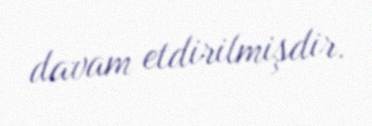
davam etdirilmişdir.